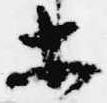
等